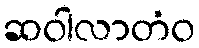
ဆဝါလာတံဝ